Annual report on the mental hospital in the Central Provinces and Berar (Nagpur) - 1927-1951
Year: 1927
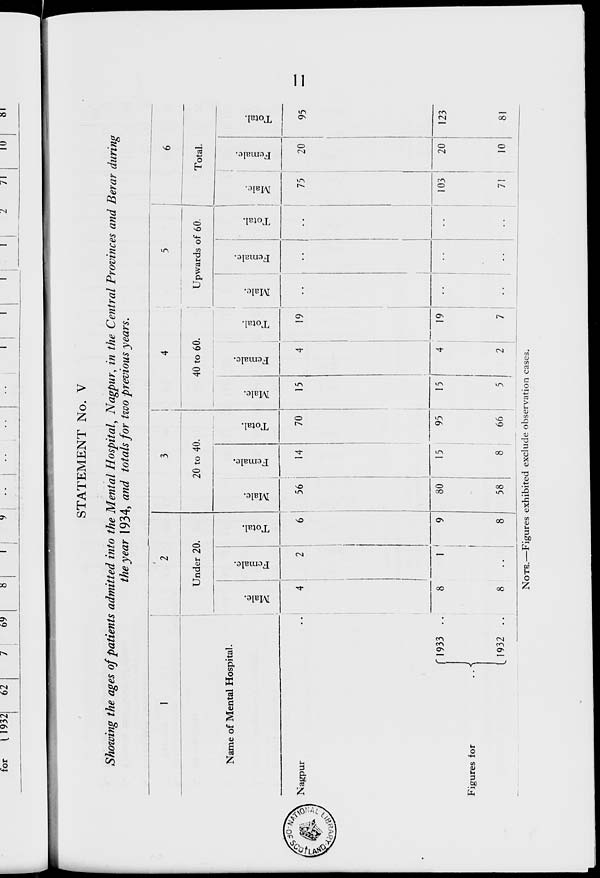
11
STATEMENT No. V
Showing the ages of patients admitted into the Mental Hospital, Nagpur, in the Central Provinces and Berar during
the year 1934, and totals for two previous years.
1
Name of Mental Hospital.
Nagpur ..
Figures for
..
1933 ..
1932 ..
2
Under 20.
Male.
4
8
8
Female.
2
1
..
Total.
6
9
8
3
20 to 40.
Male.
56
80
58
Female.
14
15
8
Total.
70
95
66
4
40 to 60.
Male.
15
15
5
Female.
4
4
2
Total.
19
19
7
5
Upwards of 60.
Male.
..
..
..
Female.
..
..
..
Total.
..
..
..
6
Total.
Male.
75
103
71
Female.
20
20
10
Total.
95
123
81
NOTE.—Figures exhibited exclude observation cases.